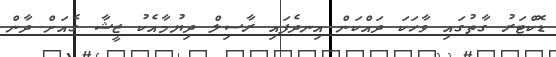
ޑޮކްޓަރު ގާތުގައި ވާހަކަ ދައްކަން އިނދެފައި ރާސިލް ދިޔުމާއެކު ޒީޝާ ގެއަށް ދާން